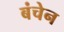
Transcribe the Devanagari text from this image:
बंचेन